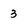
Character: 3